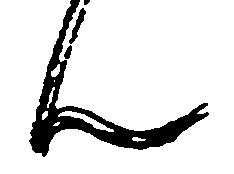
ん